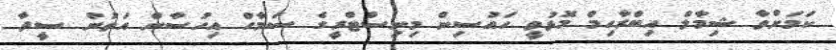
ކަމަށްވާ ޝިމާލް އިބްރާހިމް މޮޅުވީ ހައުސިން މިނިސްޓްރީގެ ސަމާހް އިހުސާން އަތުން ސީދާ